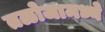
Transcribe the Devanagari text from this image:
तळोजामध्ये